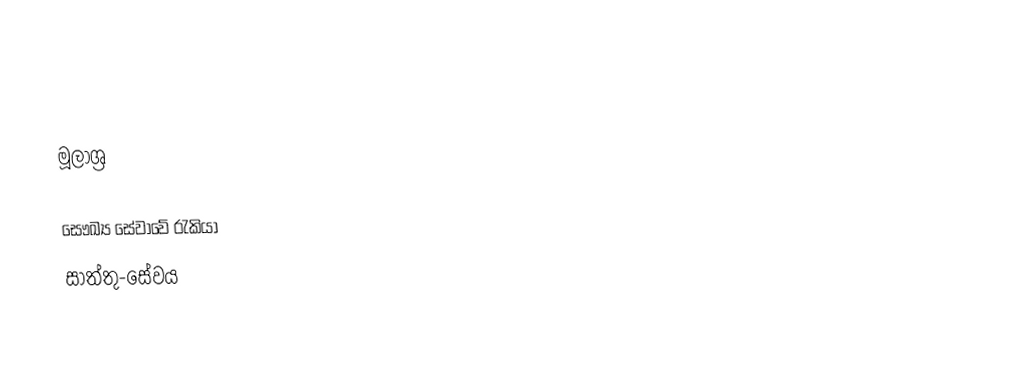

මූලාශ්‍ර

සෞඛ්‍ය සේවාවේ රැකියා
සාත්තු-සේවය